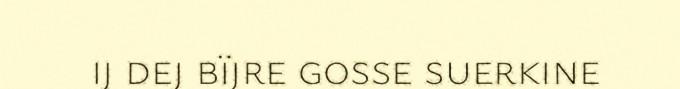
ij dej bïjre gosse suerkine